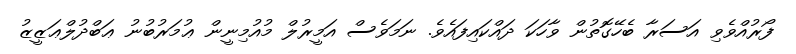
ފޯރުއްވެވި އަސަރާ ބެހޭގޮތުން ވާހަކަ ދައްކައިފައެވެ. ނަމަވެސް އަމީރުލް މުއުމިނީން ޢުމަރުބުނު ޢަބްދުލްޢަޒީޒު